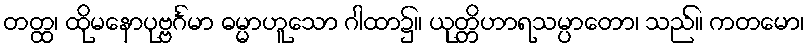
တတ္ထ၊ ထိုမနောပုဗ္ဗင်္ဂမာ ဓမ္မာဟူသော ဂါထာ၌။ ယုတ္တိဟာရသမ္ပာတော၊ သည်။ ကတမော၊